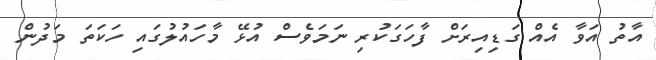
އާތު އަވާ އެއް ގަޑިއިރަށް ފާހަގަކުރި ނަމަވެސް އުޅޭ މާހައުލުގައި ހަކަތަ މަދުން